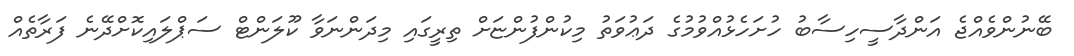
ބޭނުންވެއްޖެ އަންދާސީހިސާބު ހުށަހެޅުއްވުމުގެ ދަޢުވަތު މިކުންފުންޏަށް ތިރީގައި މިދަންނަވާ ކޫލަންޓް ސަޕްލައިކޮށްދޭނެ ފަރާތެއް